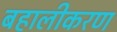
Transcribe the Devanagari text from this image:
बहालीकरण